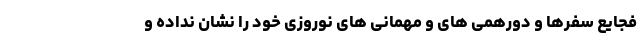
فجایع سفرها و دورهمی های و مهمانی های نوروزی خود را نشان نداده و